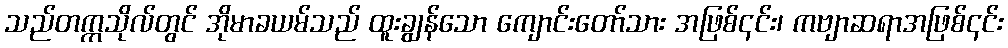
သည်တက္ကသိုလ်တွင် အိုမာခယမ်သည် ထူးချွန်သော ကျောင်းတော်သား အဖြစ်၎င်း၊ ကဗျာဆရာအဖြစ်၎င်း